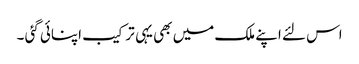
اس لئے اپنے ملک میں بھی یہی ترکیب اپنائی گئی ۔